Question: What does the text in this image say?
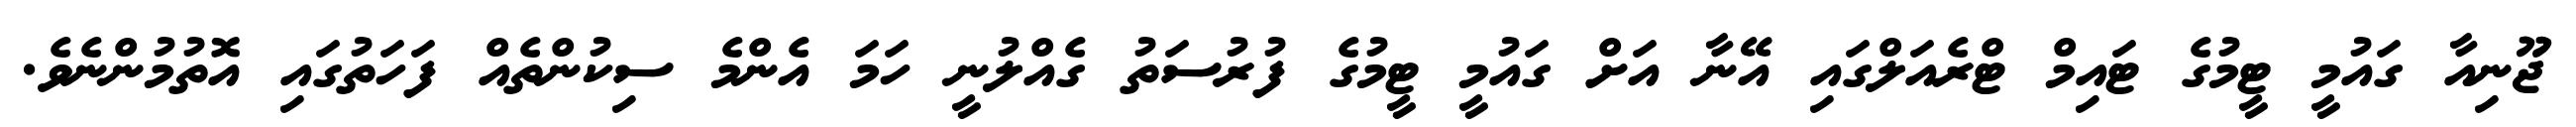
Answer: ޖޫނިއާ ގައުމީ ޓީމުގެ ޓައިމް ޓްރެއަލްގައި އޭނާ އަށް ގައުމީ ޓީމުގެ ފުރުސަތު ގެއްލުނީ ހަމަ އެންމެ ސިކުންތެއް ފަހަތުގައި އޮތުމުންނެވެ.